Lunatic asylums Bombay report 1878-1890 - 1878-1890
Year: 1878
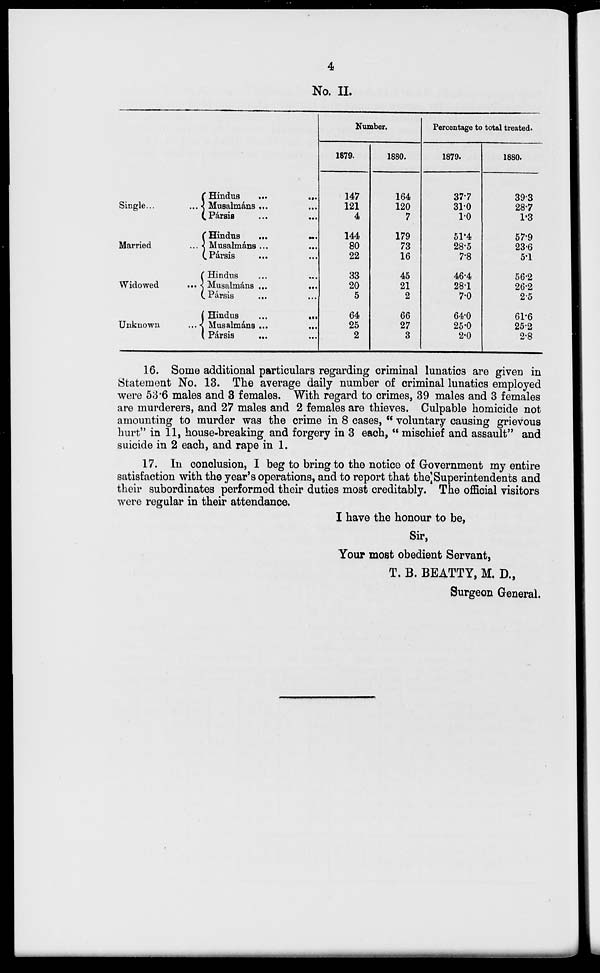
4
No. II.
Single
...
...
Married
...
Widowed
...
Unknown
...
Hindus
...
...
Musalmáns ... ...
Pársis ... ...
Hindus
...
...
Musalmáns ... ...
Pársis ... ...
Hindus ... ...
Musalmáns
...
...
Pársis ... ...
Hindus
...
...
Musalmáns ... ...
Pársis
...
...
Number.
1879.
147
121
4
144
80
22
33
20
5
64
25
2
1880.
164
120
7
179
73
16
45
21
2
66
27
3
Percentage to total treated.
1879.
37.7
31.0
1.0
51.4
28.5
7.8
46.4
28.1
7.0
64.0
25.0
2.0
1880.
39.3
28.7
1.3
57.9
23.6
5.1
56.2
26.2
2.5
61.6
25.2
2.8
16. Some additional particulars regarding criminal lunatics are given in
Statement No. 13. The average daily number of criminal lunatics employed
were 53.6 males and 3 females. With regard to crimes, 39 males and 3 females
are murderers, and 27 males and 2 females are thieves. Culpable homicide not
amounting to murder was the crime in 8 cases, " voluntary causing grievous
hurt" in 11, house-breaking and forgery in 3 each, " mischief and assault" and
suicide in 2 each, and rape in 1.
17. In conclusion, I beg to bring to the notice of Government my entire
satisfaction with the year's operations, and to report that the Superintendents and
their subordinates performed their duties most creditably. The official visitors
were regular in their attendance.
I have the honour to be,
Sir,
Your most obedient Servant,
T. B. BEATTY, M. D.,
Surgeon General.